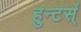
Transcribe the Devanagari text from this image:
हुन्टर्स्